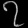
Digit: ၇